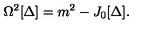
\Omega ^ { 2 } [ \Delta ] = m ^ { 2 } - J _ { 0 } [ \Delta ] .